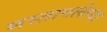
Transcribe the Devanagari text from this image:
मस्तावलेल्या